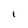
Character: I